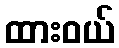
ထားဝယ်